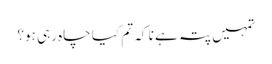
تمہیں پتہ ہے نا کہ تم کیا چاہ رہی ہو؟